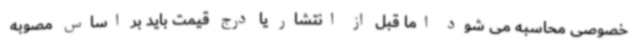
خصوصی محاسبه می شود اما قبل از انتشار یا درج قیمت باید بر اساس مصوبه